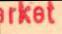
rket